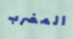
المضرب